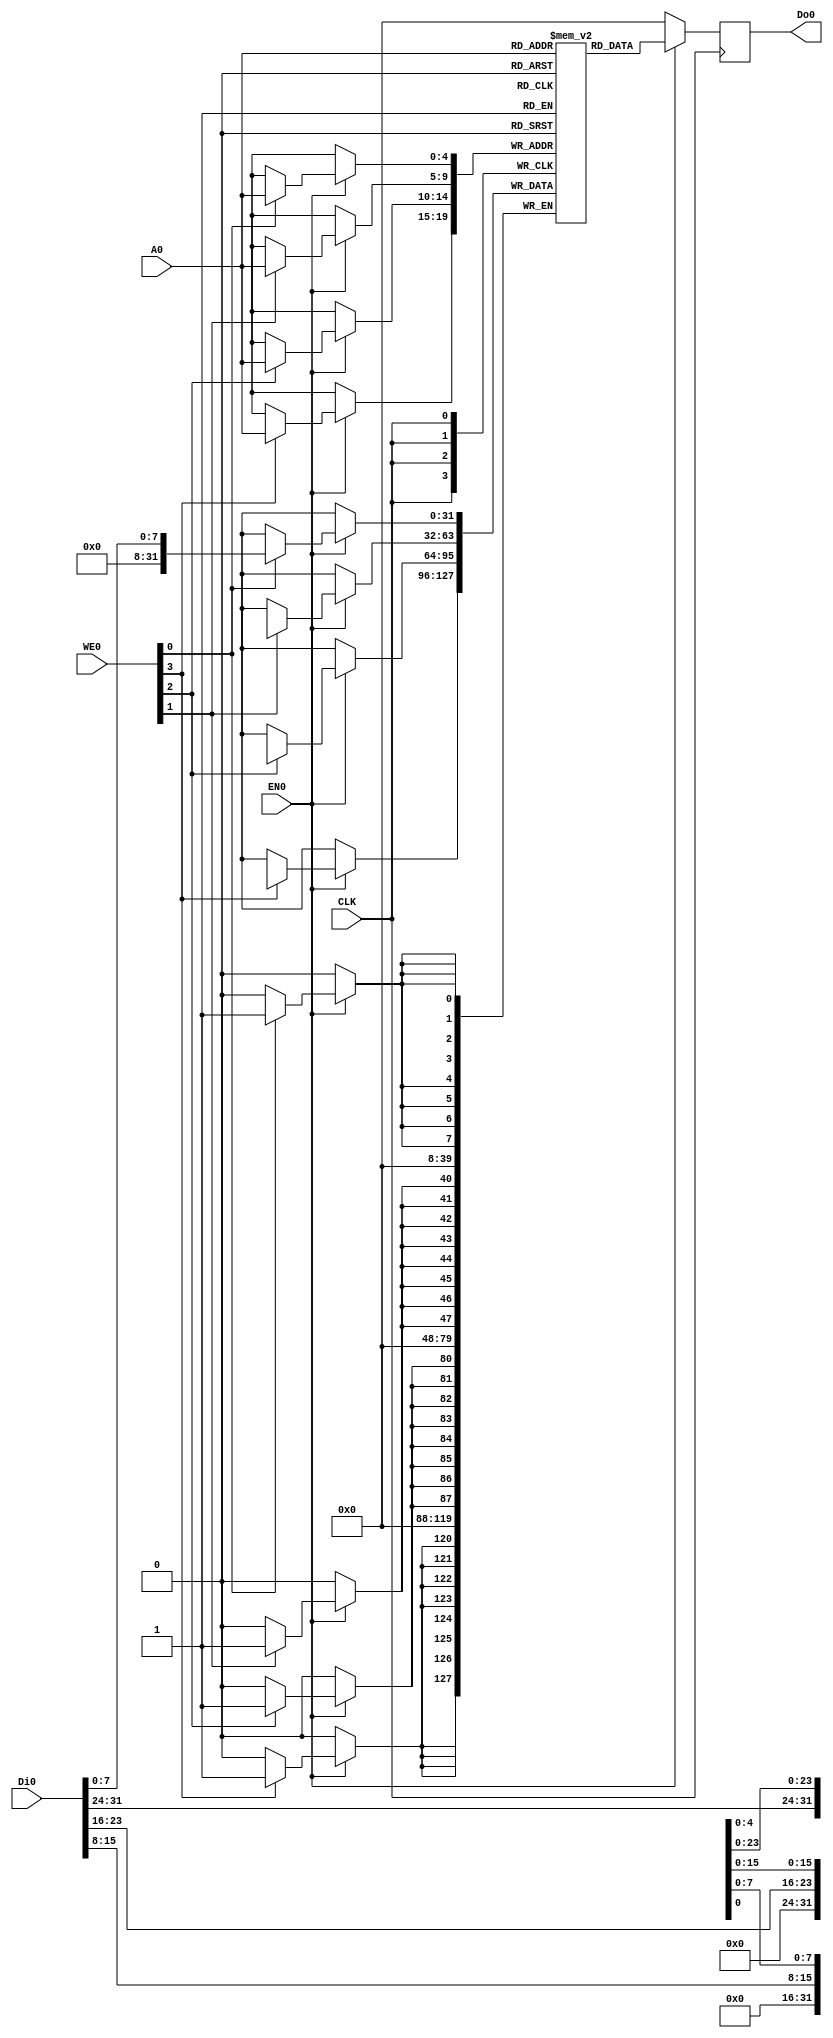
/// sta-blackbox

`default_nettype none

module RAM32(
`ifdef USE_POWER_PINS
  input VPWR,
  input VGND,
`endif
  input CLK,
  input [3:0] WE0,
  input EN0,
  input [4:0] A0,
  input [31:0] Di0,
  output reg [31:0] Do0
);
    reg [31:0] RAM[31:0];

    always @(posedge CLK)
        if(EN0) begin
            Do0 <= RAM[A0];
            if(WE0[0]) RAM[A0][ 7: 0] <= Di0[7:0];
            if(WE0[1]) RAM[A0][15:8] <= Di0[15:8];
            if(WE0[2]) RAM[A0][23:16] <= Di0[23:16];
            if(WE0[3]) RAM[A0][31:24] <= Di0[31:24];
        end
        else
            Do0 <= 32'b0;

endmodule